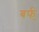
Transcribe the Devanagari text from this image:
बर्फ्